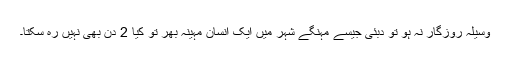
وسیلہ روزگار نہ ہو تو دبئی جیسے مہنگے شہر میں ایک انسان مہینہ بھر تو کیا 2 دن بھی نہیں رہ سکتا۔